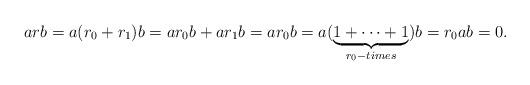
LaTeX: \begin{align*}arb=a(r_0+r_1)b=ar_0b+ar_1b=ar_0b=a(\underbrace{1+\cdots+1}_{r_0-times})b=r_0ab=0.\end{align*}